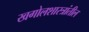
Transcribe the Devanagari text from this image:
खगोलशास्त्रांतील